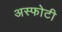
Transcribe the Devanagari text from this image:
अस्फोटी